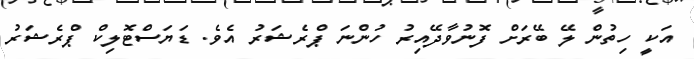
އަކީ ހިތުން ލޭ ބޭރަށް ފޮނުވާދޭއިރު ހުންނަ ޕްރެޝަރު އެވެ. ޑަޔަސްޓޮލިކް ޕްރެޝަރު